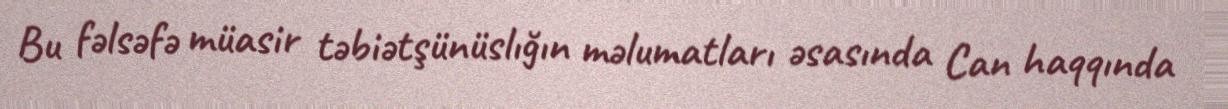
Bu fəlsəfə müasir təbiətşünüslığın məlumatları əsasında Can haqqında